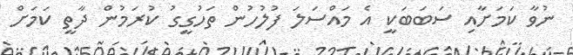
ނުވާ ކަމަށާއި ސަބަބަކީ އެ މައްސަލަ ފުލުހުން ތަހުގީގު ކުރަމުން ދާތީ ކަމަށް